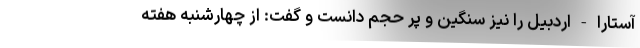
آستارا - اردبیل را نیز سنگین و پر حجم دانست و گفت: از چهارشنبه هفته